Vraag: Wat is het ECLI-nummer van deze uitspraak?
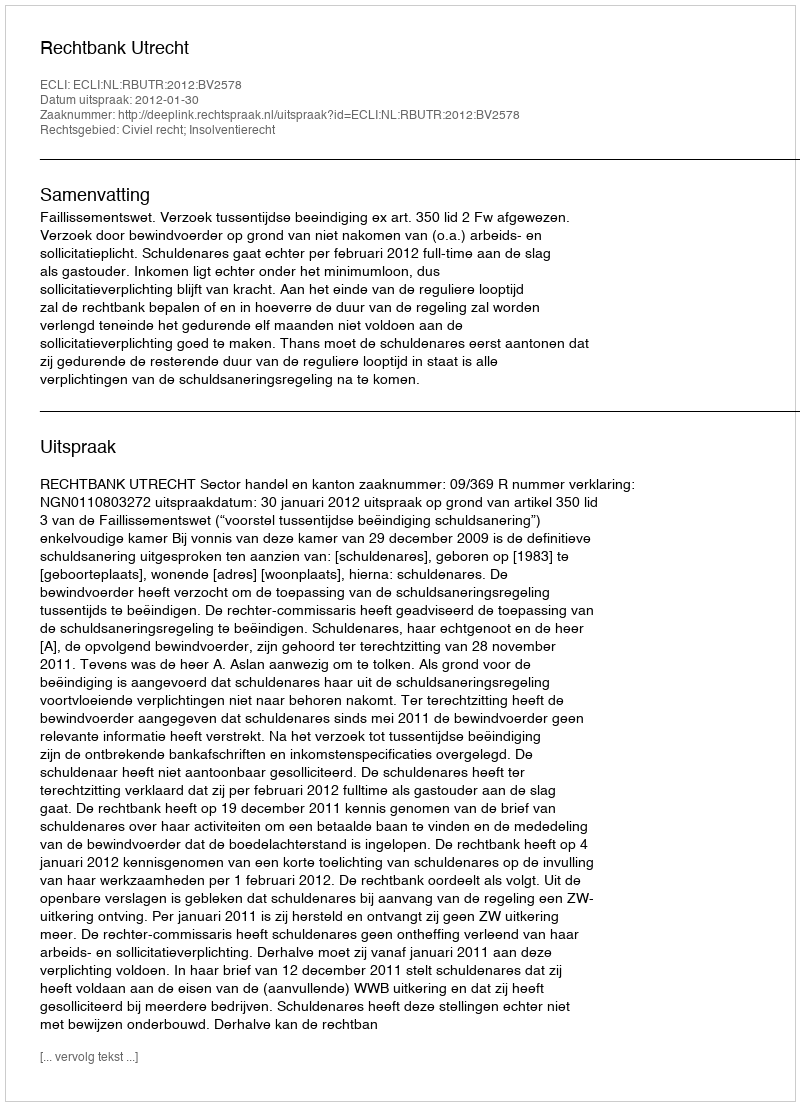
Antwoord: ECLI:NL:RBUTR:2012:BV2578